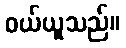
ဝယ်ယူသည်။